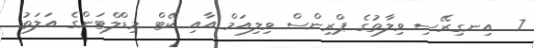
7  އިނގިރޭސި ވިލާތުގެ ޕްރިންސް ވިލިއަމް އާއި ކޭޓް މިޑްލްޓަންގެ އަލަތު